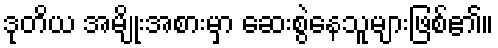
ဒုတိယ အမျိုးအစားမှာ ဆေးစွဲနေသူများဖြစ်၏။